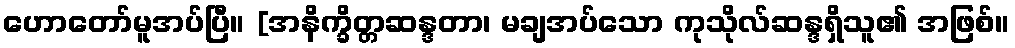
ဟောတော်မူအပ်ပြီ။ [အနိက္ခိတ္တဆန္ဒတာ၊ မချအပ်သော ကုသိုလ်ဆန္ဒရှိသူ၏ အဖြစ်။